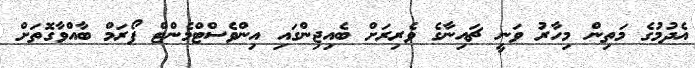
އެދުމުގެ މަތިން މިހާރު ވަނީ ޗައިނާގެ ވެރިރަށް ބެއިޖިންގައި އިންވެސްޓްމެންޓް ފޯރަމް ބާއްވާގޮތަށް